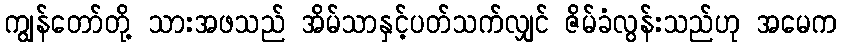
ကျွန်တော်တို့ သားအဖသည် အိမ်သာနှင့်ပတ်သက်လျှင် ဇိမ်ခံလွန်းသည်ဟု အမေက